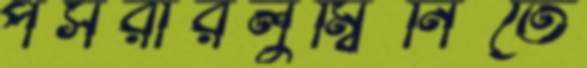
পসরারলুম্বিনিতে